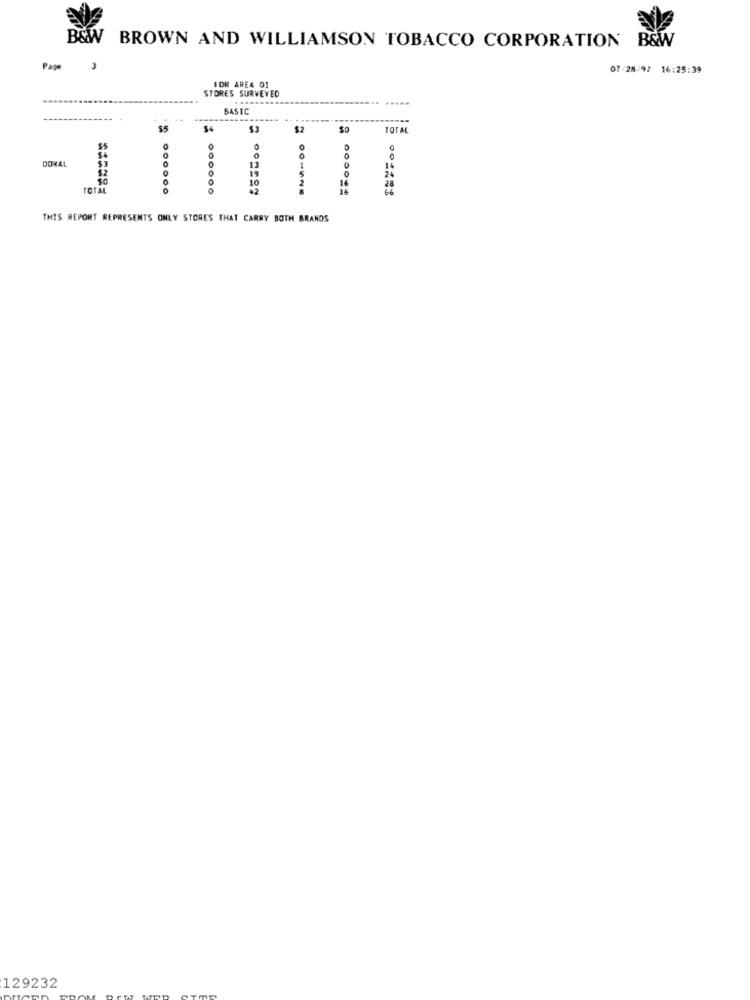
B&W BROWN AND WILLIAMSON TOBACCO CORPORATION B&W
Page
07/28/97 16:25:39
FOR AREA 01
STORES SURVEYED
BASIC
---
$5
$2
So
TOTAL
0
JORAL
$4
0
0
$2
0
13
19
14
10
1
28
total
000
02
001526
66
THIS REPORT REPRESENTS ONLY STORES THAT CARRY BOTH BRANDS
129232